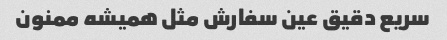
سریع دقیق عین سفارش مثل همیشه ممنون